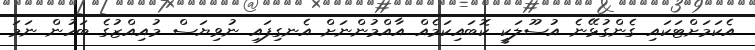
އެކަމަށްޓަކައި ގެންގުޅޭނެ އުސޫލަކީ ކޮބައިކަމެއް އާއްމުންނަށް އެނގިފައި ނުވިޔަސް މުއިއްޒުގެ ބަހުން ނަމަ